Annual report on the working of the lock hospitals in the Central Provinces
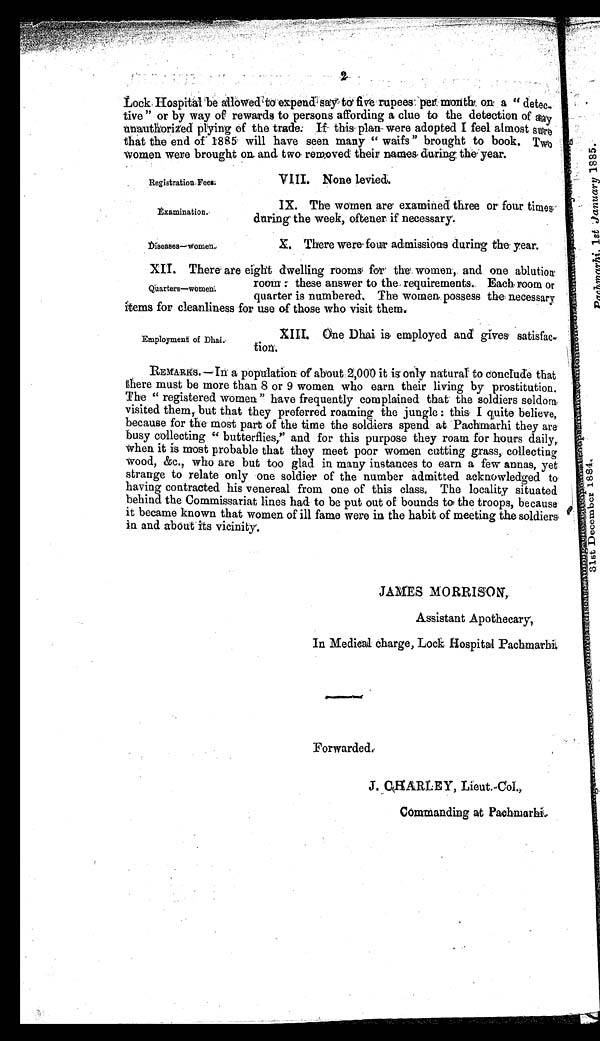
Registration Fees:
E x a m i n a t i o n .
Di s e a s e s —Wome n.
2
Lock Hospital be allowed to expend say to five rupees per month on a "detec
tive" or by way of rewards to persons affording a clue to the detection of any
unauthorized plying of the trade. If this plan were adopted I feel almost sure
that the end of 1885 will have seen many "waifs" brought to book. Two
women were brought on and two removed their names during the year.
VIII. None levied.
IX. The women are examined three or four times
during the week, oftener if necessary.
X. There were four admissions during the year.
XII. There are eight dwelling rooms for the women, and one ablution
room: these answer to the requirements. Each room or
quarter is numbered. The women. possess the necessary
items for cleanliness for use of those who visit them.
Quarters—women.
Employment of Dhai.
XIII. One Dhai is employed and gives satisfa-c
tion.
REMARKS.—In a population of about 2,000 it is only natural to conclude that
there must be more than 8 or 9 women who earn their living by prostitution.
The "registered women" have frequently complained that the soldiers seldom
visited them, but that they preferred roaming the jungle : this I quite believe,
because for the most part of the time the soldiers spend at Pachmarhi they are
busy collecting "butterflies," and for this purpose they roam for hours daily,
when it is most probable that they meet poor women cutting grass, collecting
w o o d , & a m p ; c . , w h o a r e b u t t o o g l a d i n m a n y i n s t a n c e s t o e a r n a f e w a n n a s , y e t
strange to relate only one soldier of the number admitted acknowledged to
having contracted his venereal from one of this class. The locality situated
behind the Commissariat lines had to be put out of bounds to the troops, because
it became known that women of ill fame were in the habit of meeting the soldiers
in and about its vicinity.
JAMES MORRISON,
Assistant Apothecary,
In Medical charge, Lock Hospital Pachmarhi
Forwarded.
J.CHARLEY, Lieut.-Col.,
Commanding at Pachmarhi.